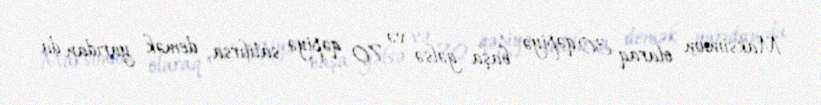
Maksimum olaraq 30 qəpiyə başa gəlsə və 70 qəpiyə satılırsa, demək yarıdan da